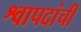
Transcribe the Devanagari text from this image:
श्वापदांची